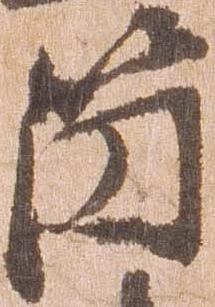
箇